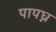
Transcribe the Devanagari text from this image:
पापघ्न